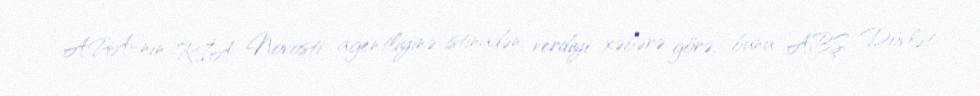
APA-nın RİA Novosti agentliyinə istinadən verdiyi xəbərə görə, bunu ABŞ Dövlət